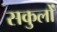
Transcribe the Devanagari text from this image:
सकुलों